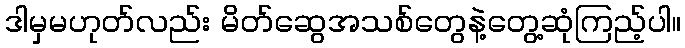
ဒါမှမဟုတ်လည်း မိတ်ဆွေအသစ်တွေနဲ့တွေ့ဆုံကြည့်ပါ။